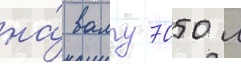
на́ валу 7050 л